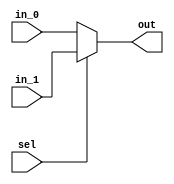
module mux_2_to_1_4bit(
	input sel,
	input [3:0] in_0,
	input [3:0] in_1,
	output reg [3:0] out
	);

	always @* begin
		if(sel == 1'b0) out = in_0;
		else out = in_1;
	end
endmodule

module mux_2_to_1_16bit(
	input sel,
	input [15:0] in_0,
	input [15:0] in_1,
	output reg [15:0] out
	);

	always @* begin
		if(sel == 1'b0) out = in_0;
		else out = in_1;
	end
endmodule

module mux_3_to_1_16bit(
	input [1:0 ]sel,
	input [15:0] in_0,
	input [15:0] in_1,
	input [15:0] in_2,
	output reg [15:0] out
	);

	always @* begin
		if(sel == 2'b00) out = in_0;
		else if(sel == 2'b01) out = in_1;
		else if(sel == 2'b10) out = in_2;
	end
endmodule